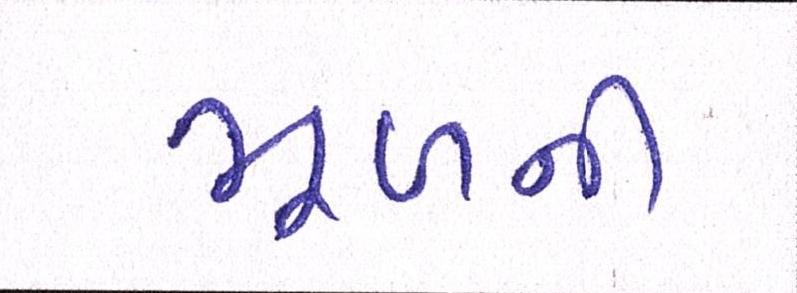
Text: મૂળની